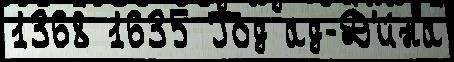
1368 1635 Год ад-Д'и́на